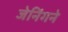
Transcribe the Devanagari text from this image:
जेनिंगने